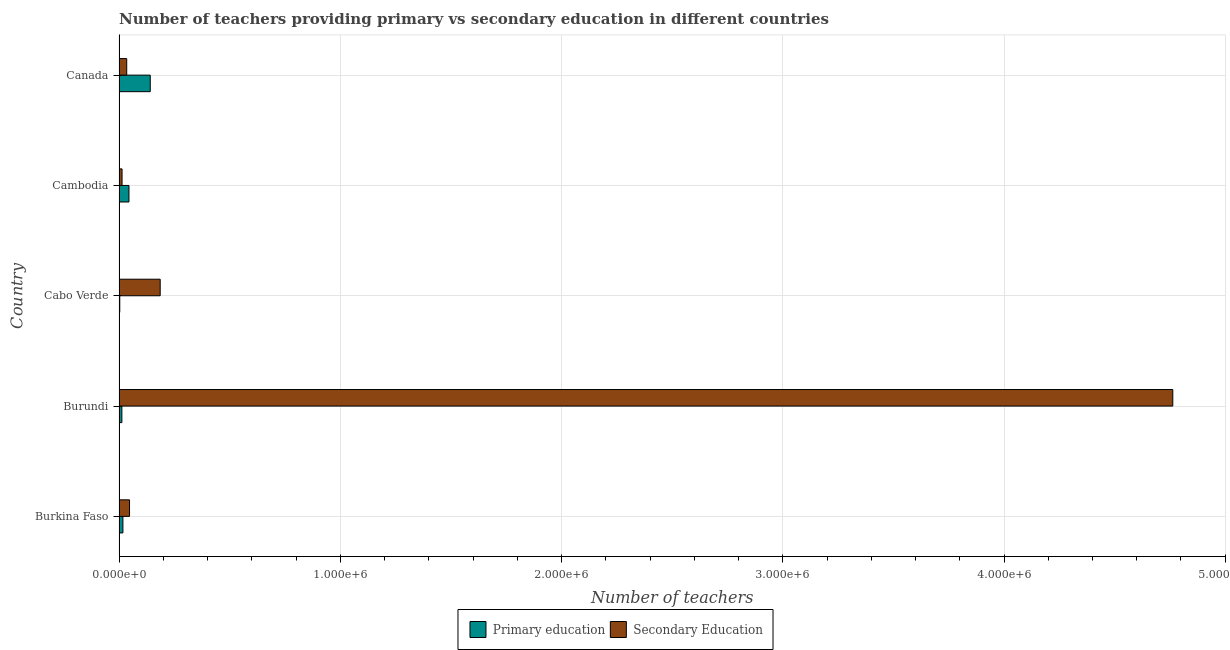
| Country | Primary education | Secondary Education |
 | --- | --- | --- |
 | Burkina Faso | 1.74e+04 | 4.74e+04 |
 | Burundi | 1.27e+04 | 4.76e+06 |
 | Cabo Verde | 3.19e+03 | 1.86e+05 |
 | Cambodia | 4.49e+04 | 1.36e+04 |
 | Canada | 1.41e+05 | 3.47e+04 |